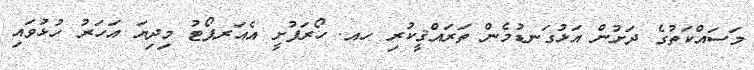
މަސައްކަތުގެ ދަށުން އަޅުގަނޑުމެން ތަރައްޤީކުރި ހއ. ހޯރަފުށީ އެއަރޕޯޓު މިދިޔަ އަހަރު ހުޅުވައި